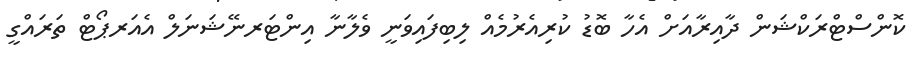
ކޮންސްޓްރަކްޝަން ދާއިރާއަށް އެހާ ބޮޑު ކުރިއެރުމެއް ލިބިފައިވަނީ ވެލާނާ އިންޓަރނޭޝަނަލް އެއަރޕޯޓް ތަރައްގީ